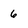
Character: 6